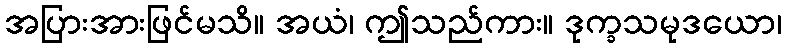
အပြားအားဖြင်မသိ။ အယံ၊ ဤသည်ကား။ ဒုက္ခသမုဒယော၊